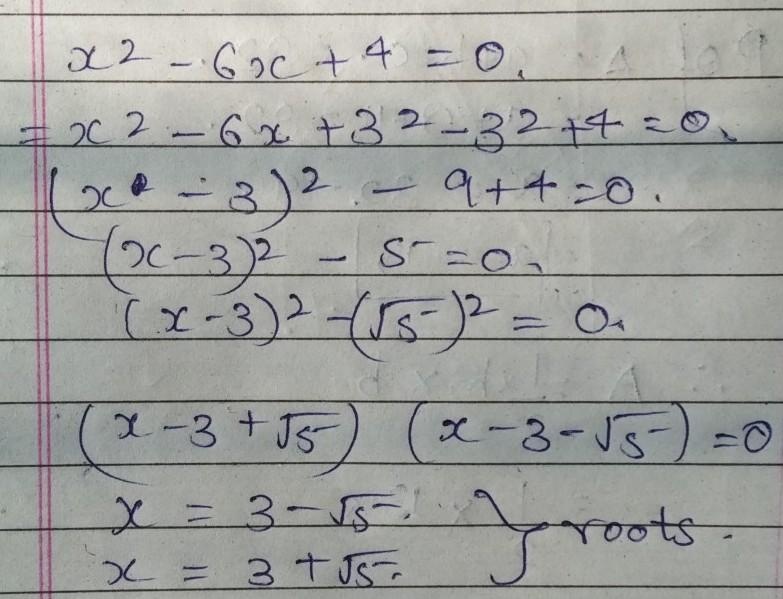
解方程\(x^{2}-6x + 4=0\)：
\[
\begin{align*}
&x^{2}-6x + 3^{2}-3^{2}+4 = 0\\
&(x - 3)^{2}-9 + 4=0\\
&(x - 3)^{2}-5=0\\
&(x - 3)^{2}-(\sqrt{5})^{2}=0\\
&(x - 3+\sqrt{5})(x - 3-\sqrt{5})=0
\end{align*}
\]
解得\(x = 3-\sqrt{5}\)，\(x = 3+\sqrt{5}\)（根）。